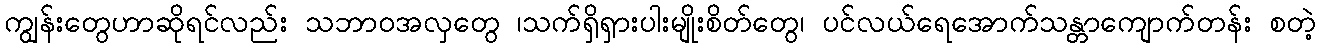
ကျွန်းတွေဟာဆိုရင်လည်း သဘာဝအလှတွေ ၊သက်ရှိရှားပါးမျိုးစိတ်တွေ၊ ပင်လယ်ရေအောက်သန္တာကျောက်တန်း စတဲ့